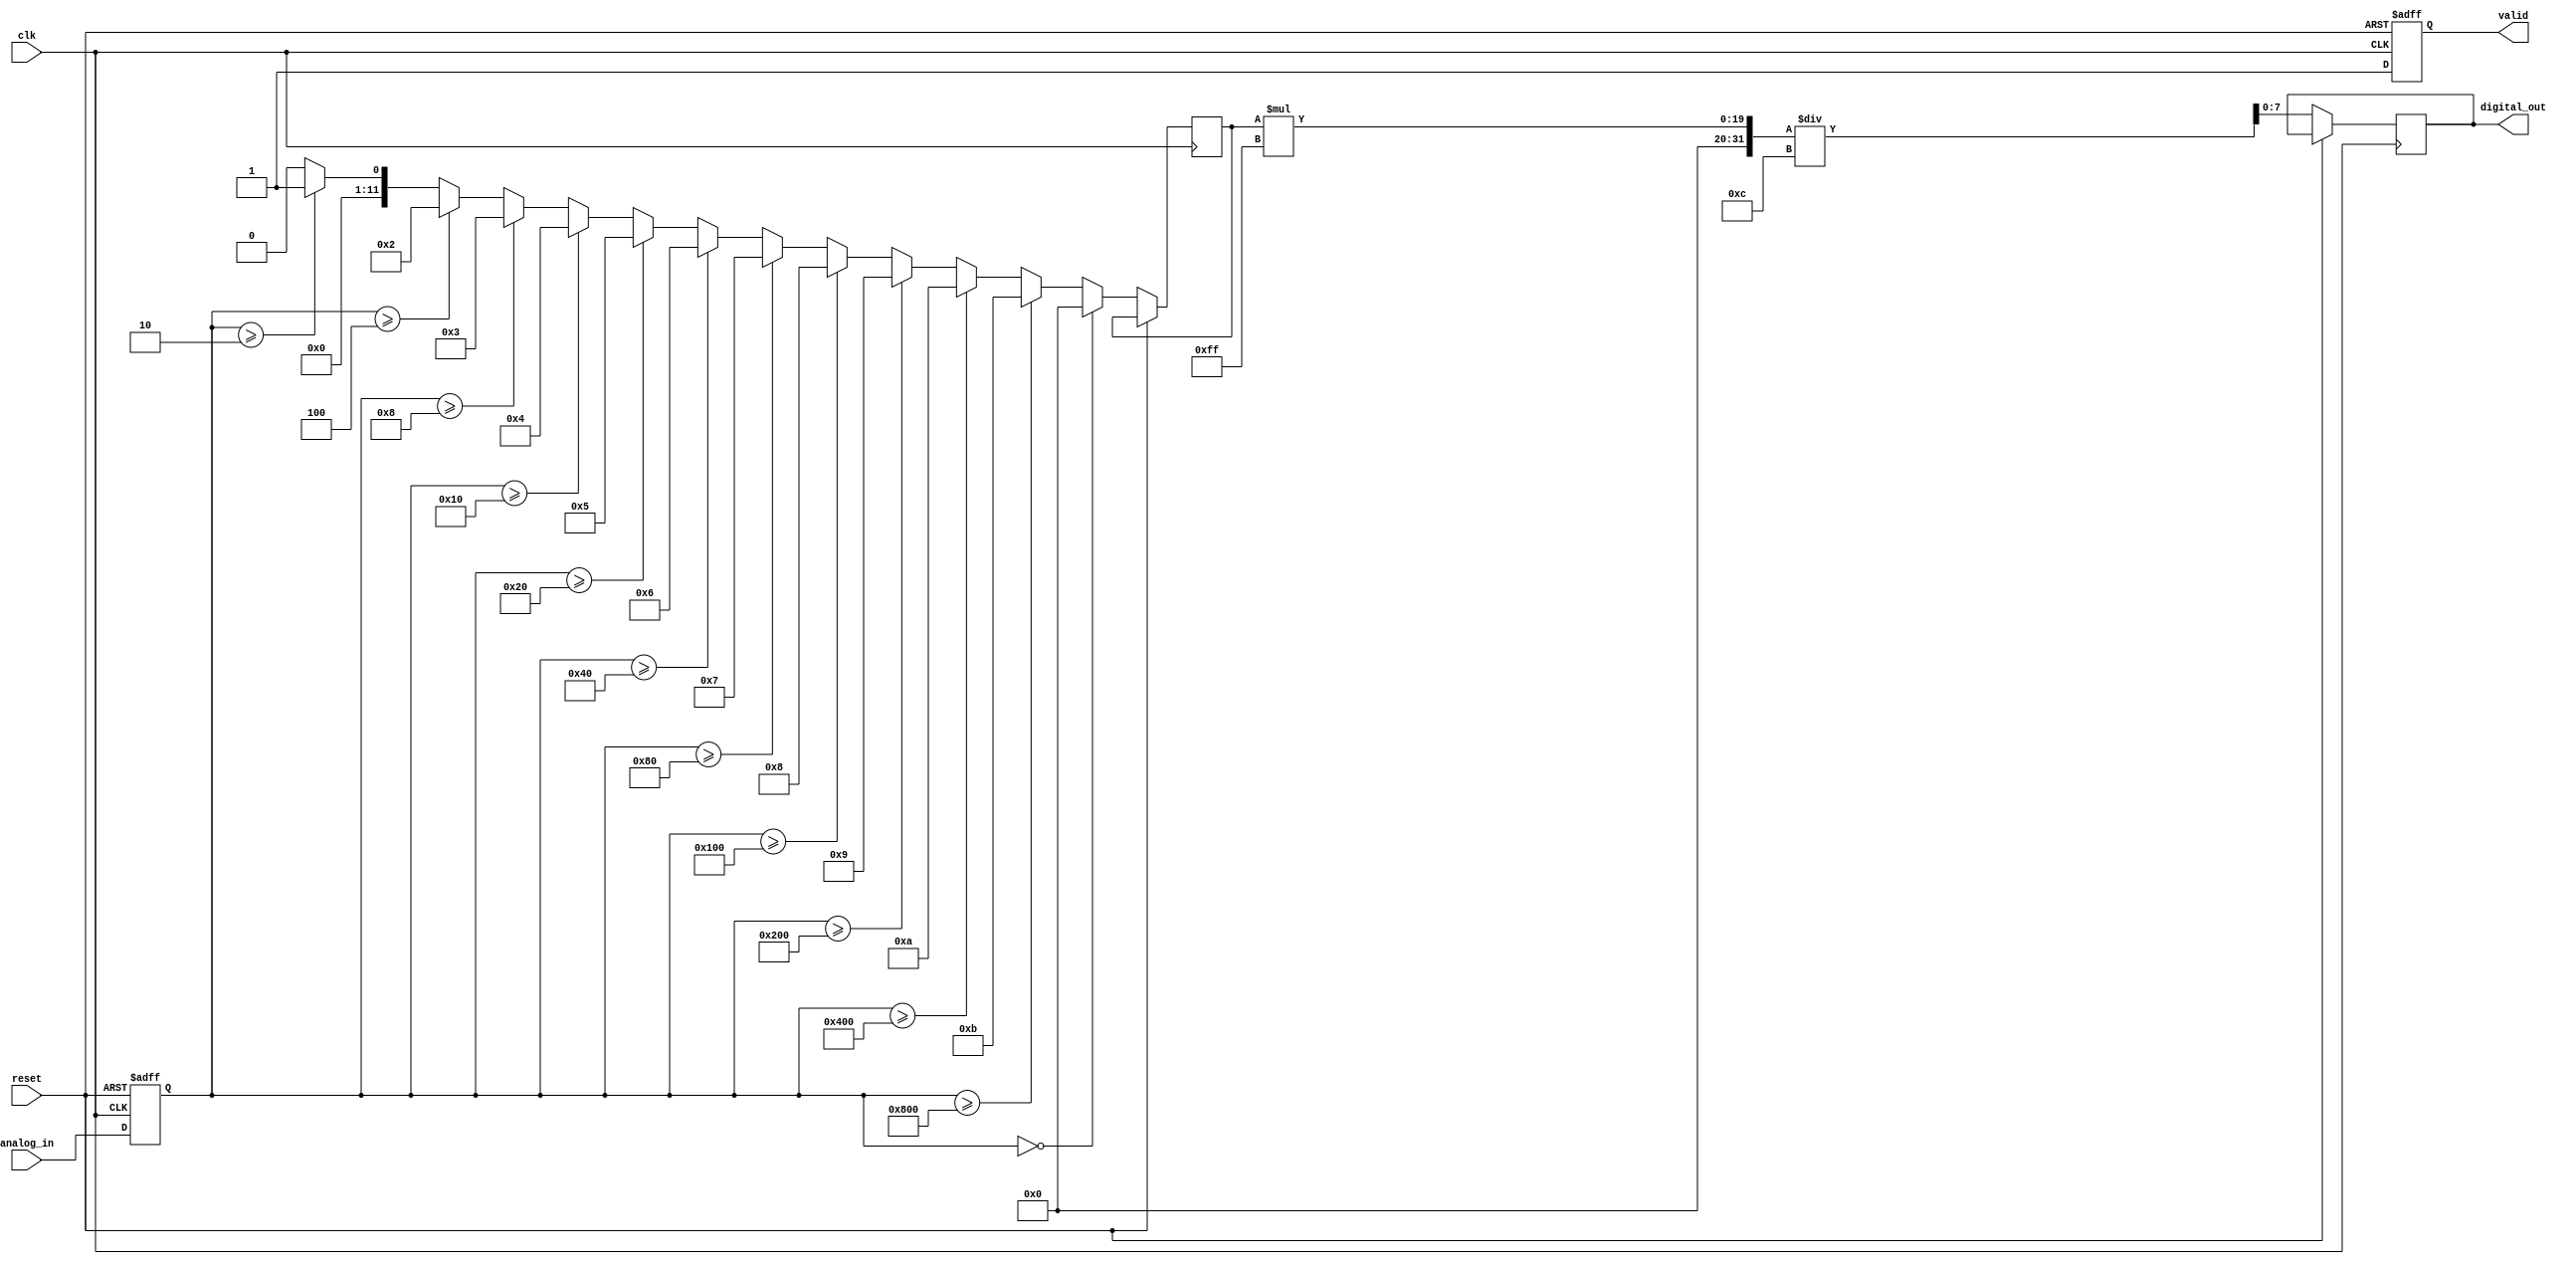
module LogarithmicADC (
    input wire clk,               // Clock signal
    input wire reset,             // Reset signal
    input wire [11:0] analog_in,  // 12-bit analog input (simulated)
    output reg [7:0] digital_out, // 8-bit digital output
    output reg valid              // Output valid signal
);

    // Parameters for the logarithmic conversion
    parameter LOG_BASE = 2;       // Base for logarithm
    parameter MAX_DIGITAL_VALUE = 255; // Maximum digital value for 8-bit output

    // Internal signals
    reg [11:0] log_value;          // Logarithmic value
    reg [11:0] sampled_value;       // Sampled value from the input

    // Logarithmic conversion function (simple approximation)
    function [11:0] log_conversion;
        input [11:0] value;
        integer i;
        begin
            if (value == 0) begin
                log_conversion = 0; // Log(0) is undefined, return 0
            end else begin
                log_conversion = 0;
                for (i = 0; i < 12; i = i + 1) begin
                    if (value >= (LOG_BASE ** i)) begin
                        log_conversion = i;
                    end
                end
            end
        end
    endfunction

    // Sample and Hold Circuit (simplified)
    always @(posedge clk or posedge reset) begin
        if (reset) begin
            sampled_value <= 0;
            valid <= 0;
        end else begin
            sampled_value <= analog_in; // Sample the analog input
            log_value <= log_conversion(sampled_value); // Convert to logarithmic scale
            digital_out <= (log_value * MAX_DIGITAL_VALUE) / 12; // Scale to 8-bit output
            valid <= 1; // Indicate valid output
        end
    end

endmodule